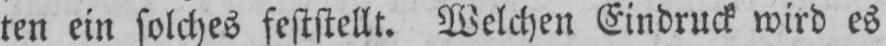
ten ein solches feststellt. Welchen Eindruck wird es